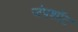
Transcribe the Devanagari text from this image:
जंपशॉट